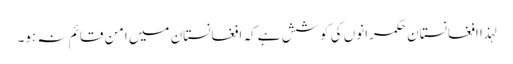
لہذا افغانستان حکمرانوں کی کوشش ہے کہ افغانستان میں امن قائم نہ ہو۔